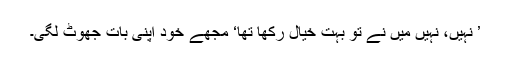
’ نہیں، نہیں میں نے تو بہت خیال رکھا تھا‘ مجھے خود اپنی بات جھوٹ لگی۔